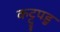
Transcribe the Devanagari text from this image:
कट्टुपडु